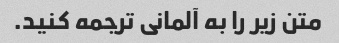
متن زیر را به آلمانی ترجمه کنید.